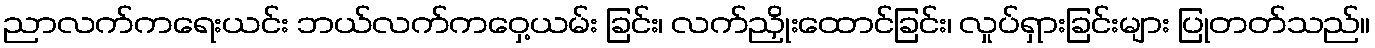
ညာလက်ကရေးယင်း ဘယ်လက်ကဝှေ့ယမ်း ခြင်း၊ လက်ညှိုးထောင်ခြင်း၊ လှုပ်ရှားခြင်းများ ပြုတတ်သည်။